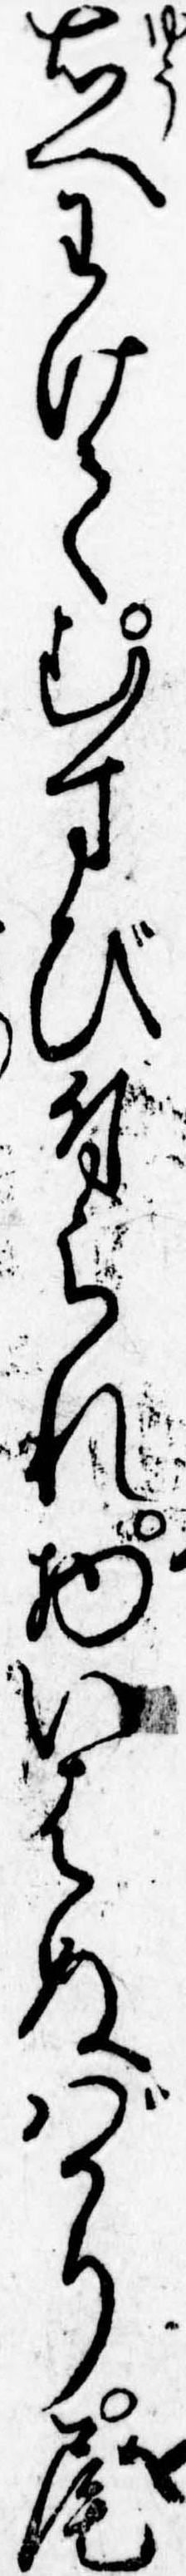
右へわけてむすび付られ物いはぬばかり尾